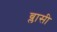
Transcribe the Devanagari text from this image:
ब्लासी